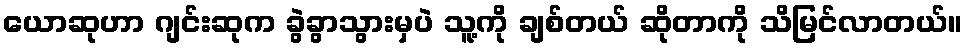
ယောဆုဟာ ဂျင်းဆုက ခွဲခွာသွားမှပဲ သူ့ကို ချစ်တယ် ဆိုတာကို သိမြင်လာတယ်။